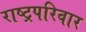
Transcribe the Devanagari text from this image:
राष्ट्रपरिवार